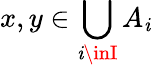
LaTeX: x,y\in\bigcup_{\mathit{i}\inI}A_{\mathit{i}}